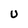
Character: U